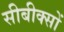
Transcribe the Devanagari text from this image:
सीबीक्सों